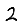
Digit: 2